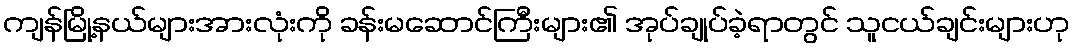
ကျန်မြို့နယ်များအားလုံးကို ခန်းမဆောင်ကြီးများ၏ အုပ်ချုပ်ခဲ့ရာတွင် သူငယ်ချင်းများဟု